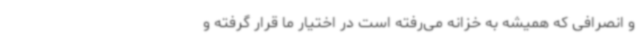
و انصرافی که همیشه به خزانه می‌رفته است در اختیار ما قرار گرفته و